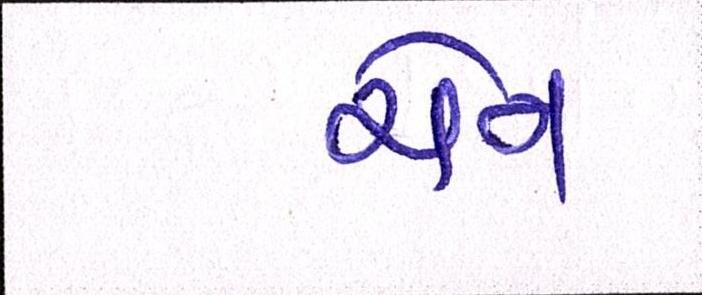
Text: ચેન